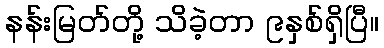
နန်းမြတ်တို့ သိခဲ့တာ ၉နှစ်ရှိပြီ။